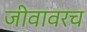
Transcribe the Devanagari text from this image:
जीवावरच